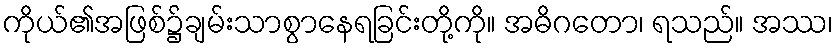
ကိုယ်၏အဖြစ်၌ချမ်းသာစွာနေရခြင်းတို့ကို။ အဓိဂတော၊ ရသည်။ အဿ၊